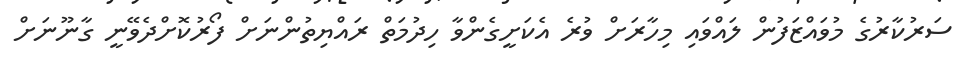
ސަރުކާރުގެ މުވައްޒަފުން ލައްވައި މިހާރަށް ވުރެ އެކަށީގެންވާ ހިދުމަތް ރައްޔިތުންނަށް ފޯރުކޮށްދެވޭނީ ގާނޫނަށް